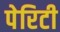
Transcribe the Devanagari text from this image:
पेरिटी